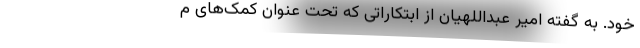
خود. به گفته امیر عبداللهیان از ابتکاراتی که تحت عنوان کمک‌های ‌م